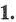
1.